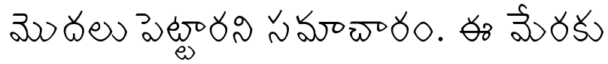
మొదలు పెట్టారని సమాచారం. ఈ మేరకు